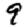
Digit: 9